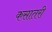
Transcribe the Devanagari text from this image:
कसातरी